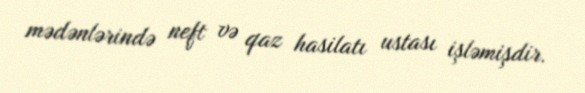
mədənlərində neft və qaz hasilatı ustası işləmişdir.